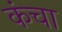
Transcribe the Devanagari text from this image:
कंचा